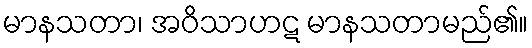
မာနသတာ၊ အဝိသာဟဋ မာနသတာမည်၏။